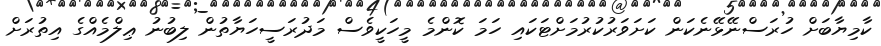
ކާމިޔާބަށް ހުރަސްނޭޅޭނެކަން ކަށަވަރުކުރުމަށްޓަކައި ހަމަ ކޮންމެ މީހަކީވެސް މަދުރަސީހަޔާތުން ލިބުނު ޢިލްމެއްގެ އިތުރަށް